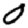
Digit: 0